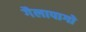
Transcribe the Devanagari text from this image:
गैलापागो